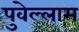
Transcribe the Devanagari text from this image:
पुवेल्लाम